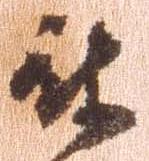
被